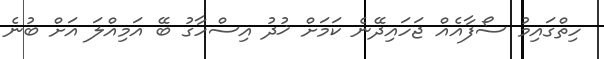
ހިތްގައިމު ސޯފާއެއް ޖަހައިދޭނެ ކަމަށް ޚުދު އިސްހާގު ބޭ އަމިއްލަ އަށް ބުނެ